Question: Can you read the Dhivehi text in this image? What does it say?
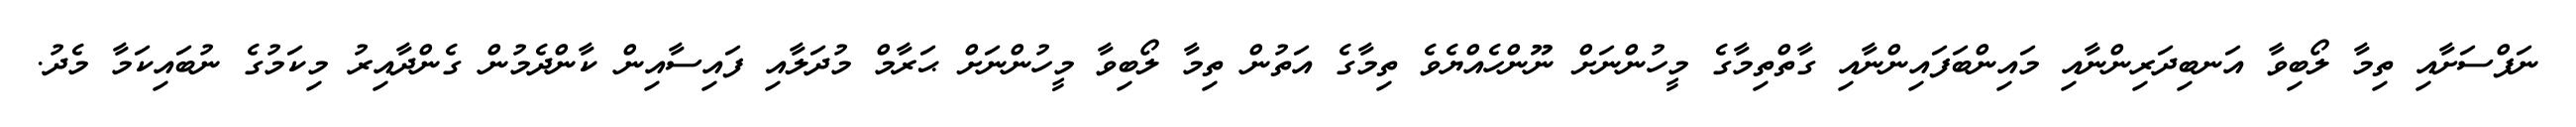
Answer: ނަފްސަށާއި ތިމާ ލޯބިވާ އަނބިދަރިންނާއި މައިންބަފައިންނާއި ގާތްތިމާގެ މީހުންނަށް ނޫންހެއްޔެވެ ތިމާގެ އަތުން ތިމާ ލޯބިވާ މީހުންނަށް ޙަރާމް މުދަލާއި ފައިސާއިން ކާންދެމުން ގެންދާއިރު މިކަމުގެ ނުބައިކަމާ މެދު.